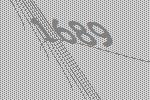
1689